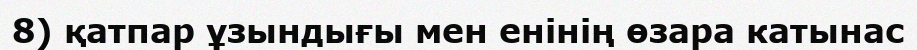
8) қатпар ұзындығы мен енінің өзара катынас